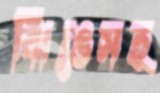
ঝিঙেসহ